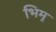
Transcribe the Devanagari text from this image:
भिमु